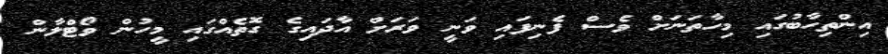
އިންތިހާބުގައި މިހާތަނަށް ވެސް ފެނިފައި ވަނީ ވަރަށް އާދައިގެ ގޮތެއްގައި މީހުން ވޯޓްލާން